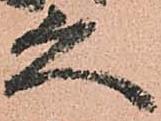
久